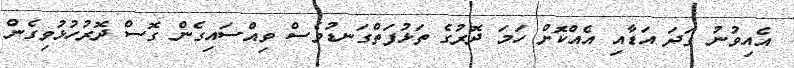
އެއިވުނު ގަދަ އަޑާއި އެއްކޮަށް ހަމަ ދޮރުގެ ތަޅުފަތްގަނޑުވެސް ވިއްސައިގެން ގޮސް ދޮރުހުޅުވިގެން